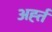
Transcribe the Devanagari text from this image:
अर्ह्त